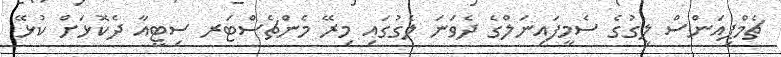
ޗެމްޕިއަންސް ލީގުގެ ސެމީފައިނަލްގެ ދެވަނަ ލެގުގައި މިރޭ މެންޗެސްޓަރ ސިޓީއާ ދެކޮޅަށް ކުޅޭ